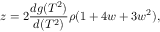
z = 2 \frac { d g ( T ^ { 2 } ) } { d ( T ^ { 2 } ) } \rho ( 1 + 4 w + 3 w ^ { 2 } ) ,